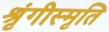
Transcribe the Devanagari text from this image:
श्रृंगीस्मृति